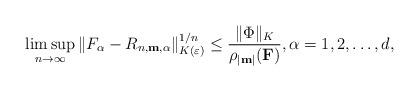
LaTeX: \begin{align*}\limsup_{n \rightarrow \infty} \| F_\alpha-R_{n,\textup{\textbf{m}},\alpha}\|_{K(\varepsilon)}^{1/n}\leq \frac{\|\Phi\|_K}{\rho_{|\textup{\textbf{m}}|}(\textup{\textbf{F}})},\alpha=1,2,\ldots,d,\end{align*}